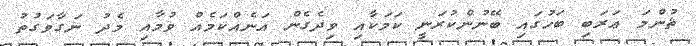
ޘުންމަ ޢަރަބި ބަހުގައި ބޭނުންކުރަނީ ކަމަކާއި ވިދެގެން އަނެއްކަމެއް ވުމާއި މެދު ނަގާވަގުތު